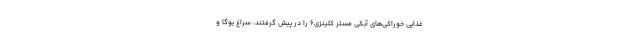
غذایی خوراکی‌های آبکی مستر کلینزی۶ را در پیش گرفتند، سراغ یوگا و